Jarvakandi_vallavalitsus, lk 3
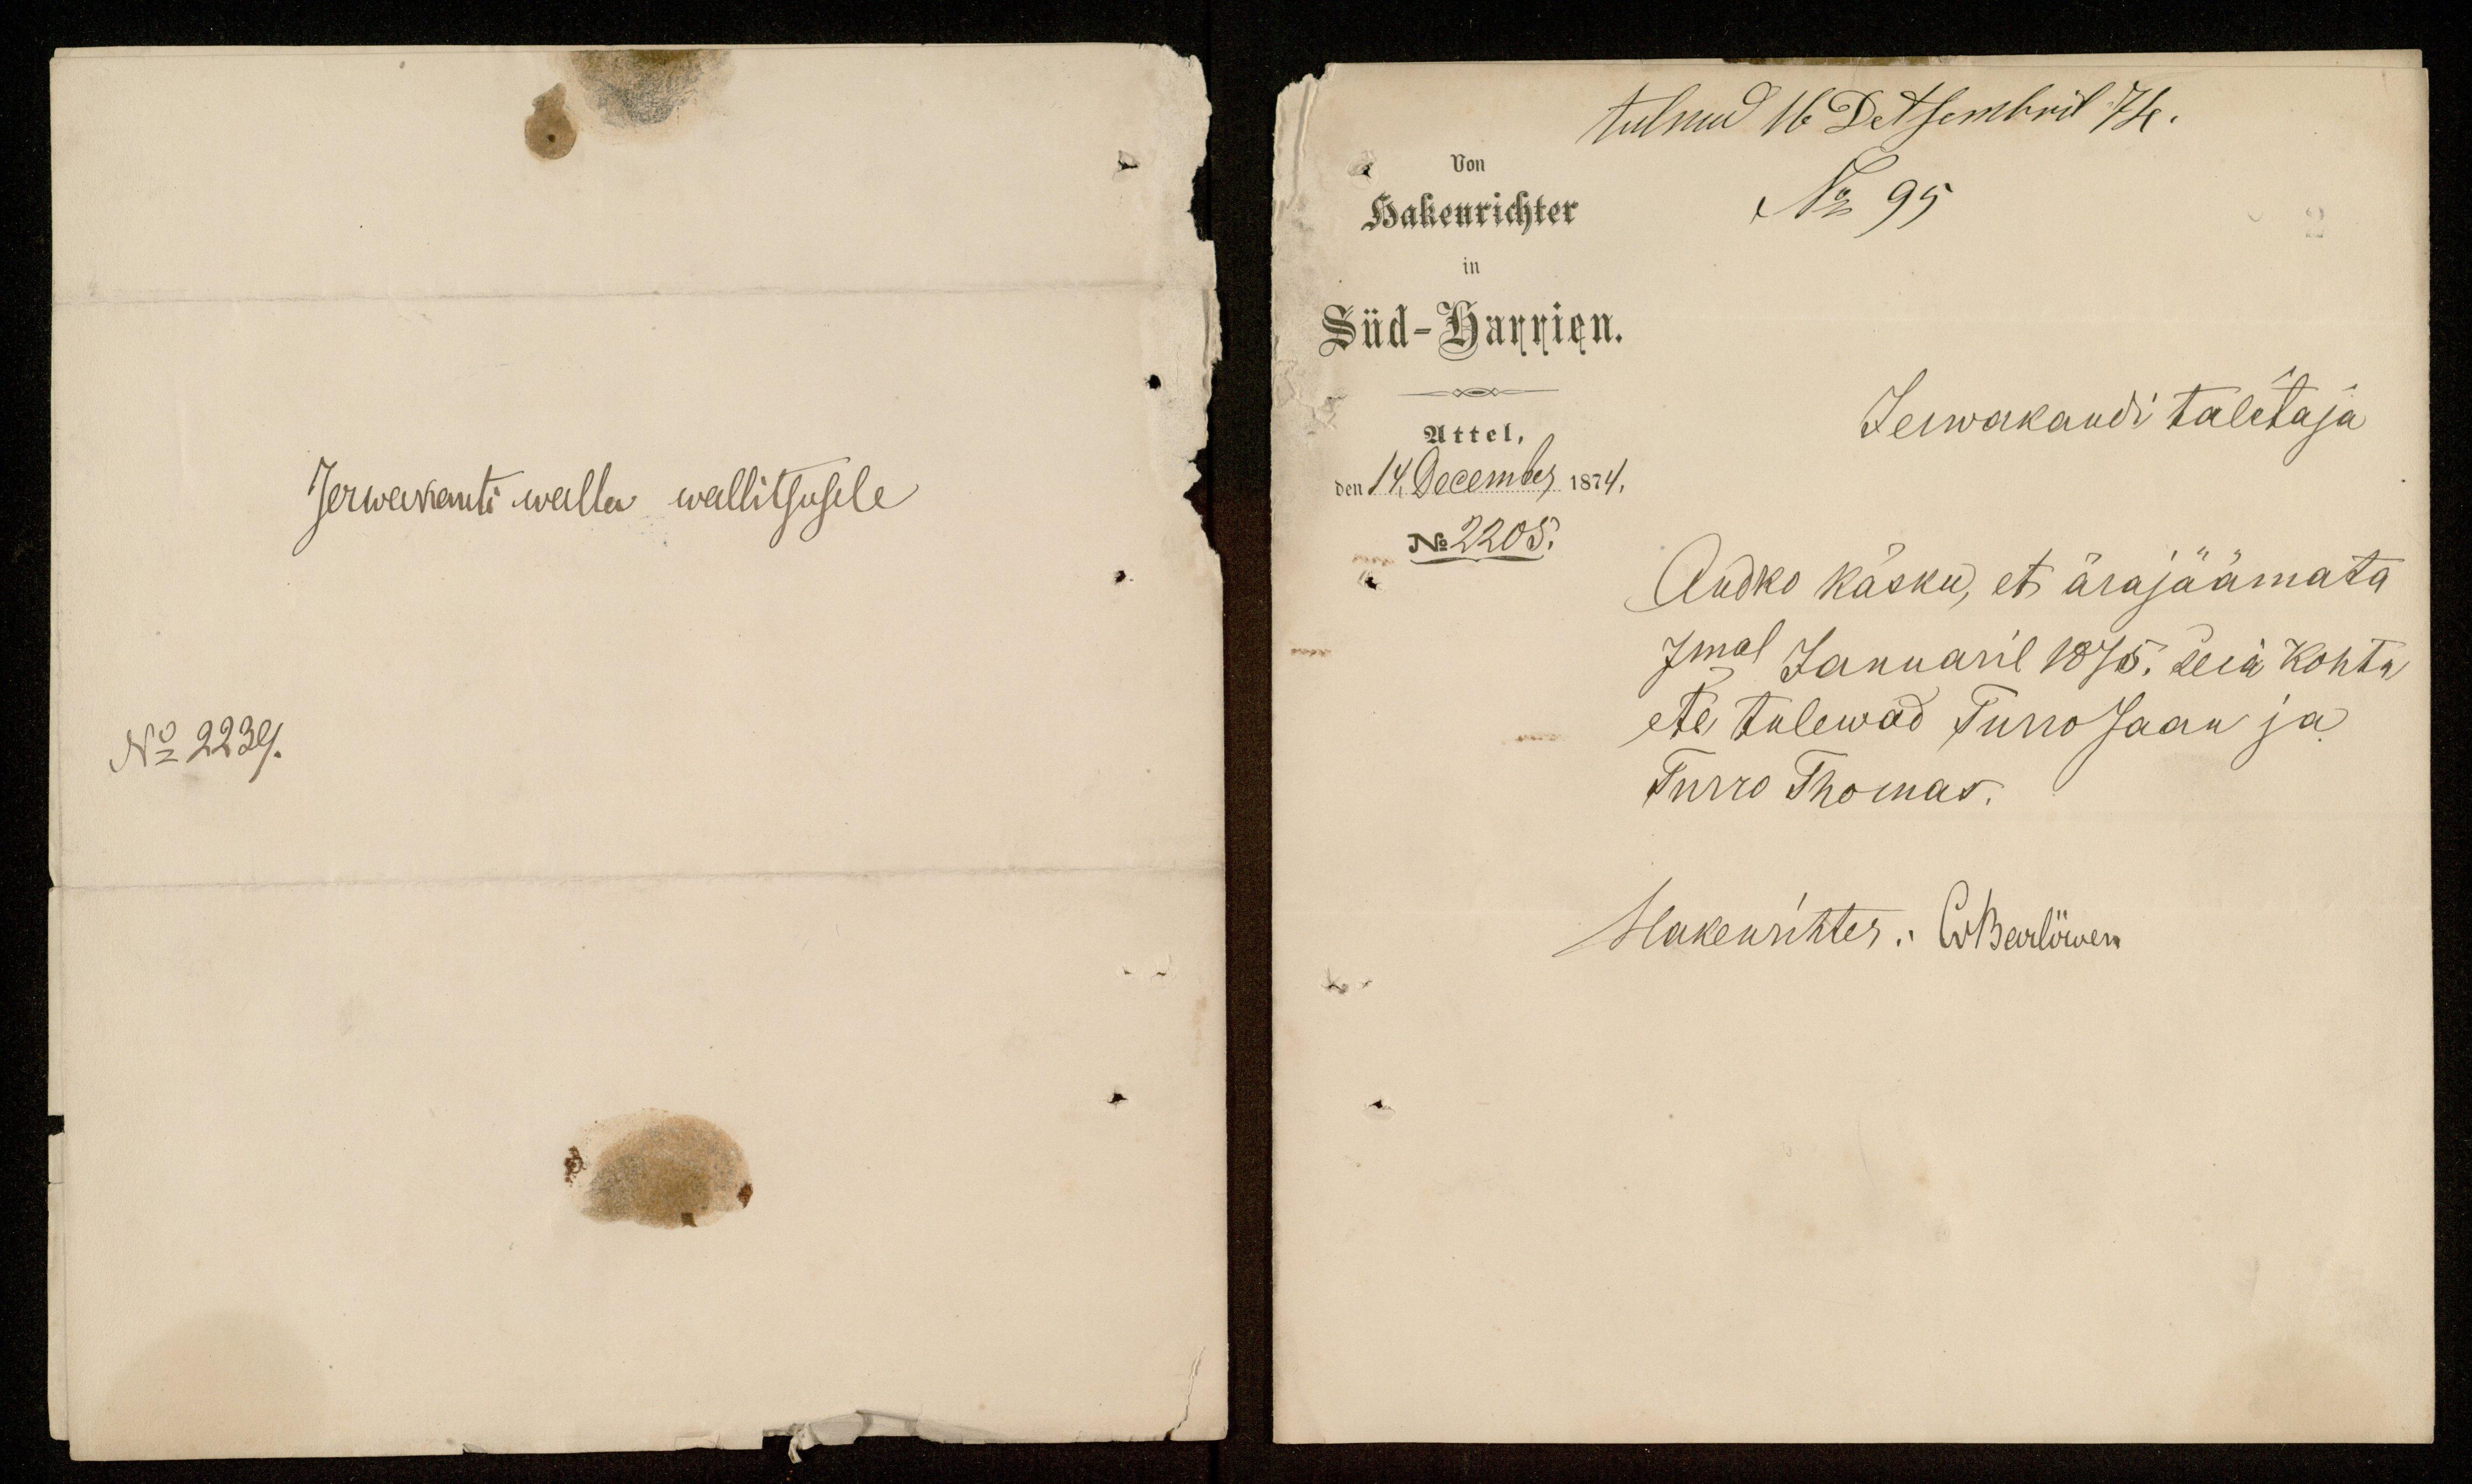
tulnud 16 Detsembril 74.
Von
Hakenrichter
No 95
in
Süd-Harrien.
Attel,
Jerwakandi talitaja
den 14 December 1874,
No 2205.
Andko käsku, et ärajäämata
7mal Januaril 1875. seia Kohtu
ete tulewad Tuno Joaan ja
Turro Thomas.
Hakenrihter: O. Harlöwen

Jerwakanti walla wallitsusele
No 2239.